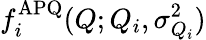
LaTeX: f_{i}^{\mathrm{APQ}}(Q;Q_{i},\sigma_{Q_{i}}^{2})